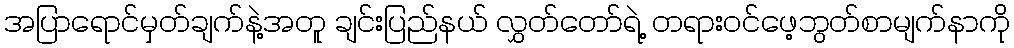
အပြာရောင်မှတ်ချက်နဲ့အတူ ချင်းပြည်နယ် လွှတ်တော်ရဲ့ တရားဝင်ဖေ့ဘွတ်စာမျက်နာကို